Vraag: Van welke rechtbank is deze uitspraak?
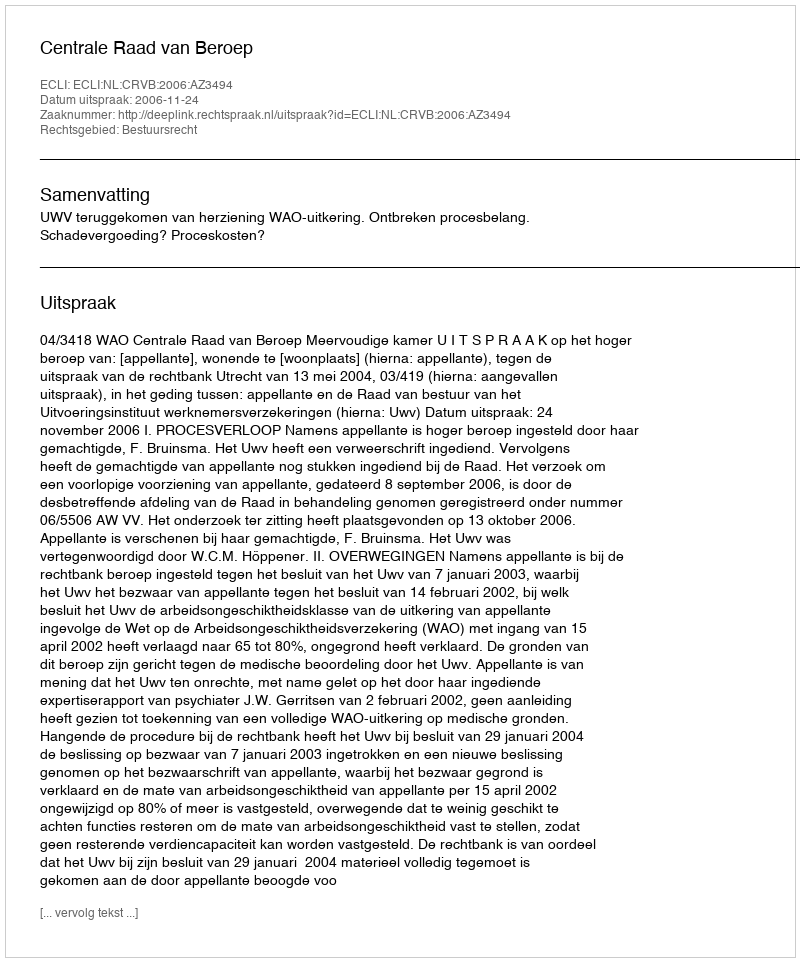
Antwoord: Centrale Raad van Beroep